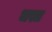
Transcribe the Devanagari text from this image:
धस्त